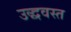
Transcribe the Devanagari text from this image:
उद्धवस्त